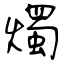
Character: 燭